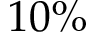
1 0 \%